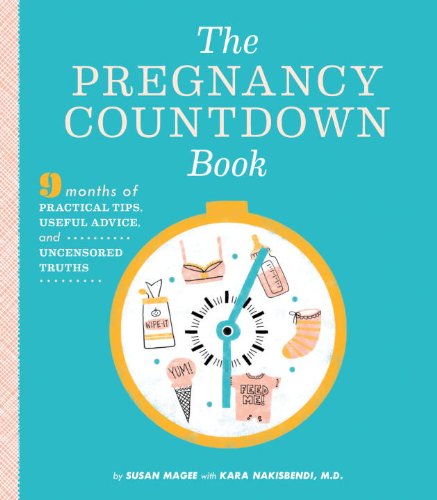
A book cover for The Pregnancy Countdown Book: Nine Months of Practical Tips, Useful Advice, and Uncensored Truths; Susan Magee; Parenting & Relationships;